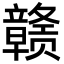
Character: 赣